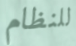
للنظام